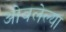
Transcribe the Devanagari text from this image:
ओवलेल्या